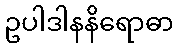
ဥပါဒါနနိရောဓာ